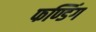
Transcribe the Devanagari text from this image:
फण्डिंग